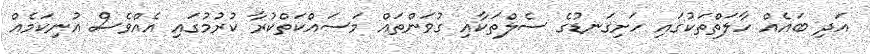
އަދި ބައެއް ހާލަތްތަކުގައި ހަށިގަނޑުގެ ސެލްތަކާއި ގުވަންތައް މަސައްކަތްކުރާ ކުރުމުގައި އެއްވެސް އުނިކަމެއް